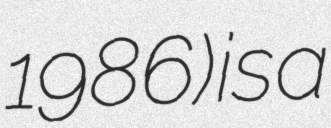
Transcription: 1986) is a